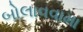
બોલાવવામા